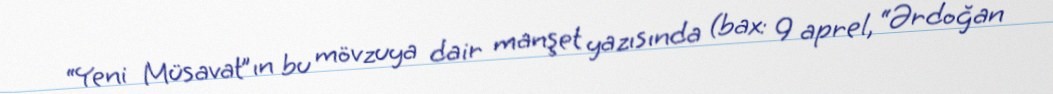
“Yeni Müsavat”ın bu mövzuya dair manşet yazısında (bax: 9 aprel, “Ərdoğan